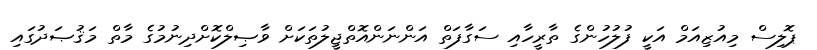
ޕޮލިސް މިއުޒިއަމް އަކީ ފުލުހުންގެ ތާރީހާއި ސަގާފަތް އަންނަންއޮތްޖީލުތަކަށް ވާޞިލްކޮށްދިނުމުގެ މާތް މަޤުޞަދުގައި